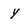
Character: y